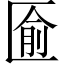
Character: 匬